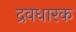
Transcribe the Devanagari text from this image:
द्रवधारक